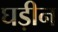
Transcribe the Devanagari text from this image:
घड़ीन